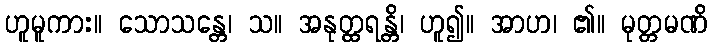
ဟူမူကား။ သောသန္တေ၊ သ။ အနုတ္ထရန္တိ၊ ဟူ၍။ အာဟ၊ ၏။ မုတ္တမဏိ